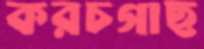
করচগাছ